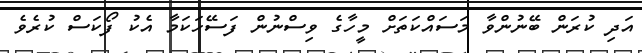
އަދި ކުރަން ބޭނުންވާ މަސައްކަތަށް މީހާގެ ވިސްނުން ފަސޭހަކަމާ އެކު ފޯކަސް ކުރެވެ